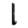
Digit: 1